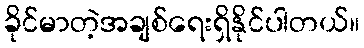
ခိုင်မာတဲ့အချစ်ရေးရှိနိုင်ပါတယ်။